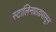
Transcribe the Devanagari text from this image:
स्टालिनग्राडपासून